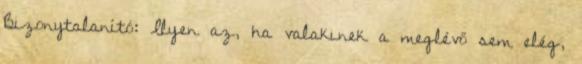
Bizonytalanító: Ilyen az, ha valakinek a meglévő sem elég,